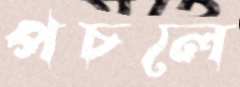
পচলে